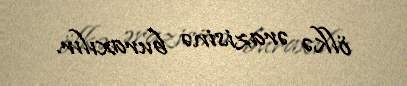
ölkə ərazisinə buraxılır.